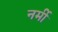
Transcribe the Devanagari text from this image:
नर्मी